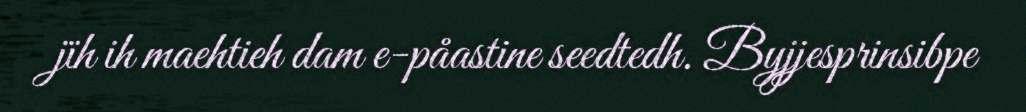
jïh ih maehtieh dam e-påastine seedtedh. Byjjesprinsibpe